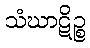
သံဃာဋိဉ္စ